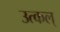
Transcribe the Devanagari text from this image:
उत्कल्